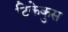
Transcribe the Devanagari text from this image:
ट्रिकेकुस